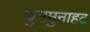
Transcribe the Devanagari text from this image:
चुनमुनाहट